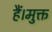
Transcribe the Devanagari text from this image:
हैं।मुक्त